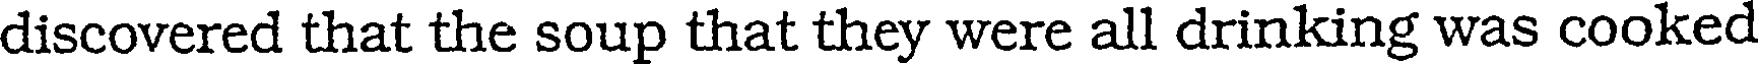
discovered that the soup that they were all drinking was cooked